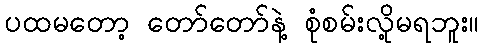
ပထမတော့ တော်တော်နဲ့ စုံစမ်းလို့မရဘူး။